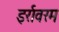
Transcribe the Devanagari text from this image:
इर्रावरम